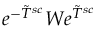
e ^ { - \tilde { T } ^ { s c } } W e ^ { \tilde { T } ^ { s c } }